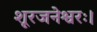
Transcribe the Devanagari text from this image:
शूरजनेश्वरः।